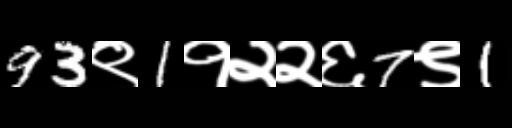
Text: 93९1१२२६7९1